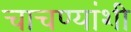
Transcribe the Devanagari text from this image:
चाचण्यांशी